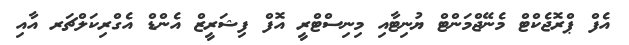
އެފް ޕްރޮޖެކްޓް މެނޭޖްމަންޓް ޔުނިޓާއި މިނިސްޓްރީ އޮފް ފިޝަރީޒް އެންޑް އެގްރިކަލްޗަރ އާއި